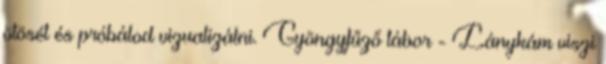
ötösét és próbálod vizualizálni. Gyöngyfűző tábor - Lánykám viszi